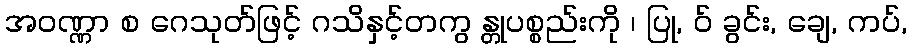
အဝဏ္ဏာ စ ဂေသုတ်ဖြင့် ဂသိနှင့်တကွ န္တုပစ္စည်းကို ၊ ပြု, ဝ် ခွင်း, ချေ, ကပ်,